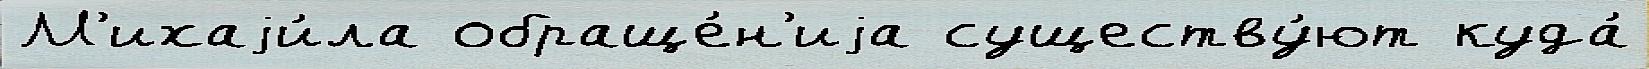
М'ихаjи́ла обраще́н'иjа существу́ют куда́